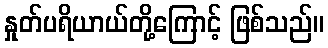
နှုတ်ပရိယာယ်တို့ကြောင့် ဖြစ်သည်။